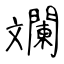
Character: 斕